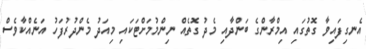
އެނގިފައިވާ ގޮތުގައި އިމްރާންގެ ބަންދާއި މެދު ގޮތެއް ނިންމުމަށްޓަކައި މިއަދު މެންދުރުފަހު އަނެއްކާވެސް